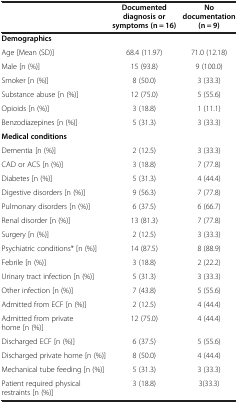
<table><thead><tr><td><b> </b></td><td><b>Documented diagnosis or symptoms (n = 16)</b></td><td><b>No documentation (n = 9)</b></td></tr></thead><tbody><tr><td><b>Demographics</b></td><td> </td><td> </td></tr><tr><td>Age [Mean (SD)]</td><td>68.4 (11.97)</td><td>71.0 (12.18)</td></tr><tr><td>Male [n (%)]</td><td>15 (93.8)</td><td>9 (100.0)</td></tr><tr><td>Smoker [n (%)]</td><td>8 (50.0)</td><td>3 (33.3)</td></tr><tr><td>Substance abuse [n (%)]</td><td>12 (75.0)</td><td>5 (55.6)</td></tr><tr><td>Opioids [n (%)]</td><td>3 (18.8)</td><td>1 (11.1)</td></tr><tr><td>Benzodiazepines [n (%)]</td><td>5 (31.3)</td><td>3 (33.3)</td></tr><tr><td><b>Medical conditions</b></td><td> </td><td> </td></tr><tr><td>Dementia [n (%)]</td><td>2 (12.5)</td><td>3 (33.3)</td></tr><tr><td>CAD or ACS [n (%)]</td><td>3 (18.8)</td><td>7 (77.8)</td></tr><tr><td>Diabetes [n (%)]</td><td>5 (31.3)</td><td>4 (44.4)</td></tr><tr><td>Digestive disorders [n (%)]</td><td>9 (56.3)</td><td>7 (77.8)</td></tr><tr><td>Pulmonary disorders [n (%)]</td><td>6 (37.5)</td><td>6 (66.7)</td></tr><tr><td>Renal disorder [n (%)]</td><td>13 (81.3)</td><td>7 (77.8)</td></tr><tr><td>Surgery [n (%)]</td><td>2 (12.5)</td><td>3 (33.3)</td></tr><tr><td>Psychiatric conditions* [n (%)]</td><td>14 (87.5)</td><td>8 (88.9)</td></tr><tr><td>Febrile [n (%)]</td><td>3 (18.8)</td><td>2 (22.2)</td></tr><tr><td>Urinary tract infection [n (%)]</td><td>5 (31.3)</td><td>3 (33.3)</td></tr><tr><td>Other infection [n (%)]</td><td>7 (43.8)</td><td>5 (55.6)</td></tr><tr><td>Admitted from ECF [n (%)]</td><td>2 (12.5)</td><td>4 (44.4)</td></tr><tr><td>Admitted from private home [n (%)]</td><td>12 (75.0)</td><td>4 (44.4)</td></tr><tr><td>Discharged ECF [n (%)]</td><td>6 (37.5)</td><td>5 (55.6)</td></tr><tr><td>Discharged private home [n (%)]</td><td>8 (50.0)</td><td>4 (44.4)</td></tr><tr><td>Mechanical tube feeding [n (%)]</td><td>5 (31.3)</td><td>3 (33.3)</td></tr><tr><td>Patient required physical restraints [n (%)]</td><td>3 (18.8)</td><td>3(33.3)</td></tr></tbody></table>